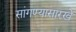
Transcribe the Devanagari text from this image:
सांगण्यासारखे